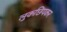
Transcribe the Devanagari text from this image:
लुकछिपकर